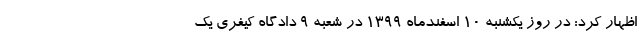
اظهار کرد: در روز یکشنبه ۱۰ اسفندماه ۱۳۹۹ در شعبه ۹ دادگاه کیفری یک